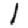
Digit: 1